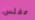
مفلس